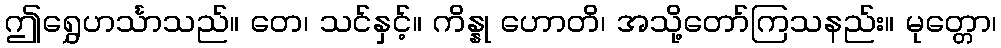
ဤရွှေဟင်္သာသည်။ တေ၊ သင်နှင့်။ ကိန္နု ဟောတိ၊ အသို့တော်ကြသနည်း။ မုတ္တော၊